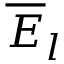
\overline { { E } } _ { l }